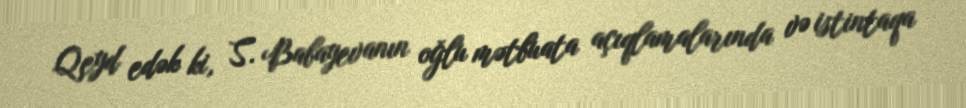
Qeyd edək ki, S. Babayevanın oğlu mətbuata açıqlamalarında və istintaqa